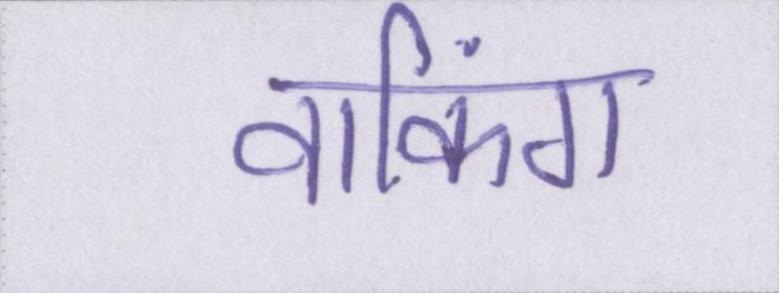
वाकिंग